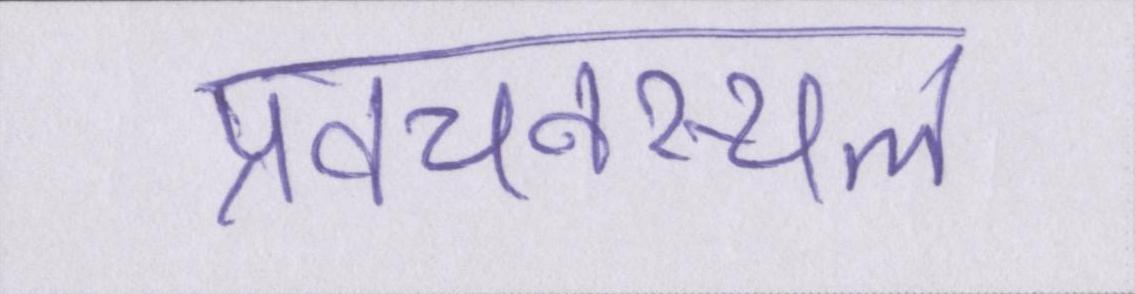
प्रवचनस्थल